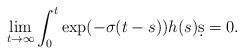
LaTeX: \begin{align*} \lim_{t\to\infty} \int_0^t \exp(-\sigma(t-s)) h(s) \d s = 0.\end{align*}